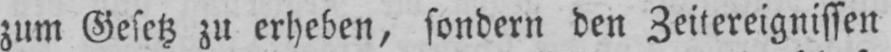
zum Gesetz zu erheben, sondern den Zeitereignissen